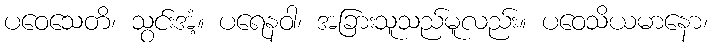
ပဝေသေတိ၊ သွင်းအံ့။ ပရေနဝါ၊ အခြားသူသည်မူလည်း။ ပဝေသိယမာနော၊